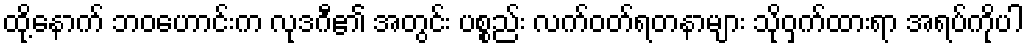
ထို့နောက် ဘဝဟောင်းက လုဒဂီ၏ အတွင်း ပစ္စည်း လက်ဝတ်ရတနာများ သိုဝှက်ထားရာ အရပ်ကိုပါ